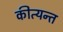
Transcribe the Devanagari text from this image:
कीत्यन्त